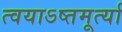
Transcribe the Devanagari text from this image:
त्वयाऽष्तमूर्त्या